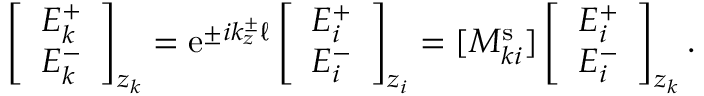
\left[ \begin{array} { l } { E _ { k } ^ { + } } \\ { E _ { k } ^ { - } } \end{array} \right] _ { z _ { k } } = \mathrm { e } ^ { \pm i k _ { z } ^ { \pm } \ell } \left[ \begin{array} { l } { E _ { i } ^ { + } } \\ { E _ { i } ^ { - } } \end{array} \right] _ { z _ { i } } = [ M _ { k i } ^ { \mathrm { s } } ] \left[ \begin{array} { l } { E _ { i } ^ { + } } \\ { E _ { i } ^ { - } } \end{array} \right] _ { z _ { k } } .